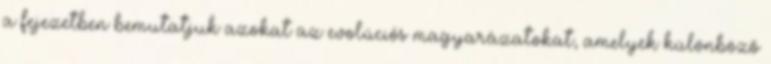
a fejezetben bemutatjuk azokat az evolúciós magyarázatokat, amelyek különböző